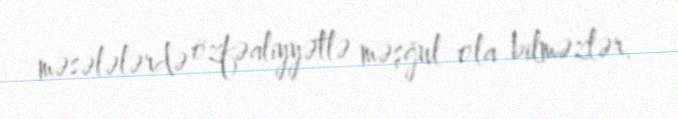
məsələlərdə özfəaliyyətlə məşğul ola bilməzlər.